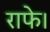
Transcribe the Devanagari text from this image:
राफे।